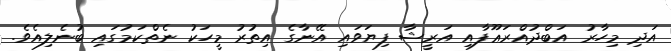
އަދި މިހާރު އަބްދުއްރަޢޫފާއި އަރީޝާ ފިޔަވައި އޭނާގެ އިތުރު މީހަކު ނެތްކަމުގައި ބުނެލިއެވެ.